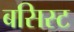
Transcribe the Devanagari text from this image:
बसिस्ट